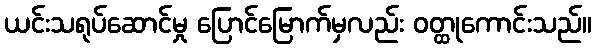
ယင်းသရုပ်ဆောင်မှု ပြောင်မြောက်မှလည်း ဝတ္ထုကောင်းသည်။